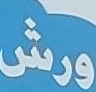
ورش